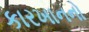
કારખાનનો